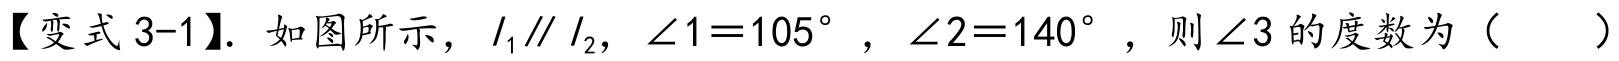
【变式 3-1】. 如图所示，\(l_{1}\parallel l_{2}\)，\(\angle 1 = 105^{\circ}\)，\(\angle 2 = 140^{\circ}\)，则\(\angle 3\)的度数为（  ）